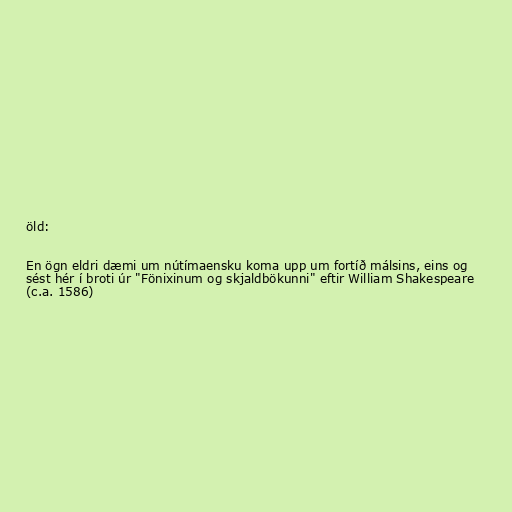
öld:

En ögn eldri dæmi um nútímaensku koma upp um fortíð málsins, eins og
sést hér í broti úr "Fönixinum og skjaldbökunni" eftir William Shakespeare
(c.a. 1586)